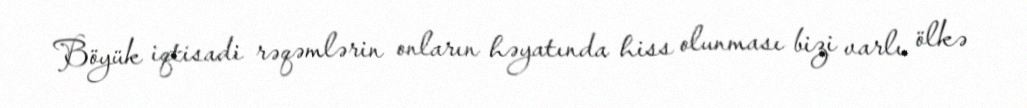
Böyük iqtisadi rəqəmlərin onların həyatında hiss olunması bizi varlı ölkə